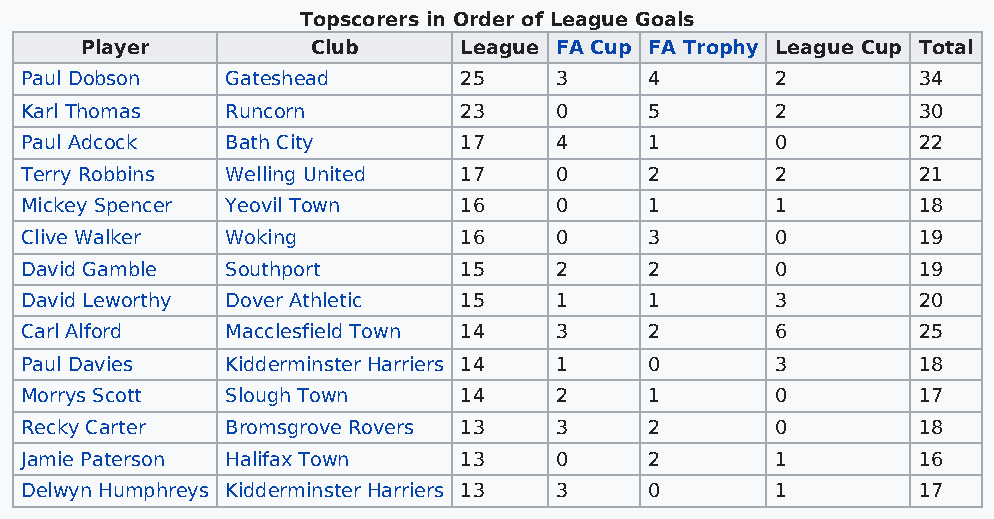
Topscorers in Order of League Goals
 Player          Club     League FA Cup FA Trophy League Cup Total
 Paul Dobson   Gateshead      25     3     4       2         34
 Karl Thomas   Runcorn        23     0     5       2         30
 Paul Adcock   Bath City      17     4     1       0         22
 Terry Robbins Welling United 17     0     2       2         21
 Mickey Spencer Yeovil Town   16     0     1       1         18
 Clive Walker  Woking         16     0     3       0         19
 David Gamble  Southport      15     2     2       0         19
 David Leworthy Dover Athletic 15    1     1       3         20
 Carl Alford   Macclesfield Town 14  3     2       6         25
 Paul Davies   Kidderminster Harriers 14 1 0       3         18
 Morrys Scott  Slough Town    14     2     1       0         17
 Recky Carter  Bromsgrove Rovers 13  3     2       0         18
 Jamie Paterson Halifax Town  13     0     2       1         16
 Delwyn Humphreys Kidderminster Harriers 13 3 0    1         17